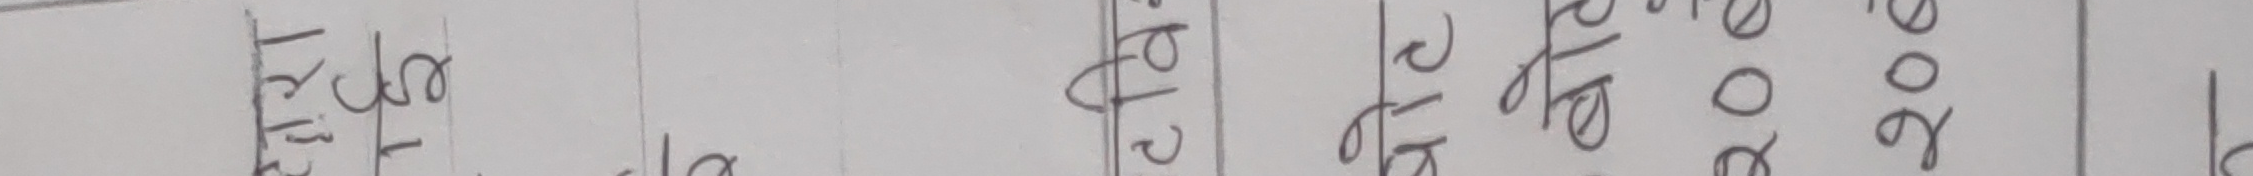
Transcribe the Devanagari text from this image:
तर दोस्रो
२/६
२०६